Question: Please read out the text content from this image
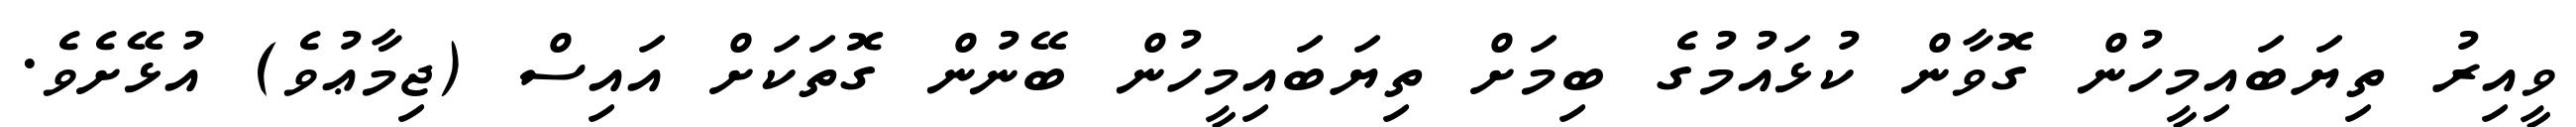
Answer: ވީއިރު ތިޔަބައިމީހުން ގޮވާން ކުޅައުމުގެ ބިމަށް ތިޔަބައިމީހުން ބޭނުން ގޮތަކަށް އައިސް (ޖިމާޢުވެ) އުޅޭށެވެ.